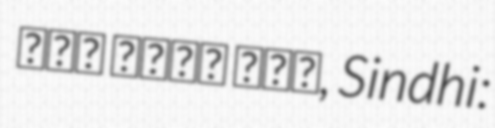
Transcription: ہوا بجلی گھر, Sindhi: